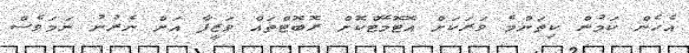
އެހެން ކަމުން ކިތަންމެ ވަރަކަށް އޮޓޮމޭޓްކޮށް ރޮބޮޓްތައް ވަޒީފާ އަށް ނެރުނު ނަމަވެސް